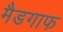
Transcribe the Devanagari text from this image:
मैडगाफ